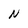
Character: N